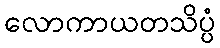
လောကာယတသိပ္ပံ